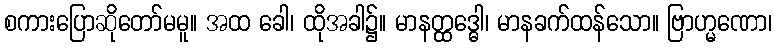
စကားပြောဆိုတော်မမူ။ အထ ခေါ၊ ထိုအခါ၌။ မာနတ္ထဒ္ဓေါ၊ မာနခက်ထန်သော။ ဗြာဟ္မဏော၊